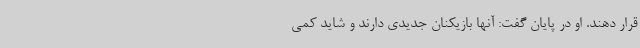
قرار دهند. او در پایان گفت: آنها بازیکنان جدیدی دارند و شاید کمی